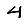
Digit: 4